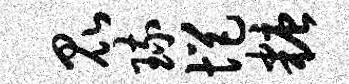
昆琉悒糖